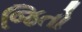
જિતો